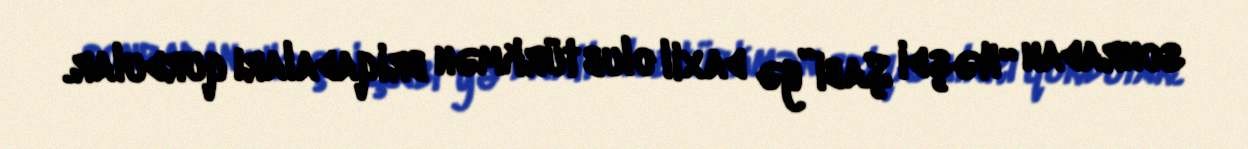
sonradan “Həşdi Şabi”yə daxil olub türkmən briqadaları qurdular.